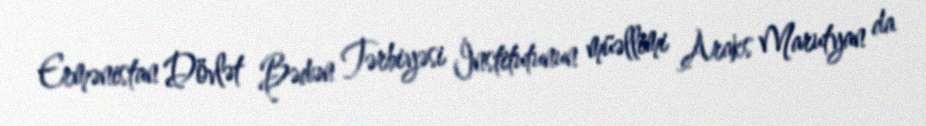
Ermənistan Dövlət Bədən Tərbiyəsi İnstitutunun müəllimi Araks Marutyan da